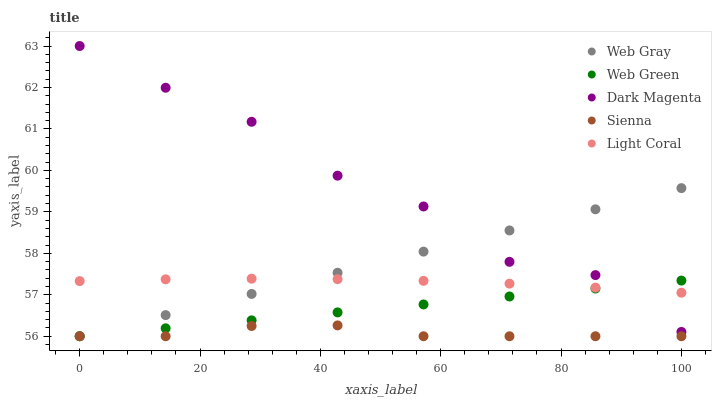
| xaxis_label | Web Gray | Web Green | Dark Magenta | Sienna | Light Coral |
 | --- | --- | --- | --- | --- | --- |
 | 0 | 56 | 56 | 63 | 56 | 57.3 |
 | 14.3 | 56.5 | 56.2 | 62 | 56 | 57.4 |
 | 28.6 | 57 | 56.4 | 61.2 | 56.2 | 57.4 |
 | 42.9 | 57.5 | 56.6 | 59.9 | 56.3 | 57.4 |
 | 57.1 | 58 | 56.8 | 59.1 | 56 | 57.3 |
 | 71.4 | 58.6 | 57 | 57.8 | 56 | 57.3 |
 | 85.7 | 59.1 | 57.2 | 57.5 | 56 | 57.2 |
 | 100 | 59.6 | 57.3 | 56.1 | 56 | 57.1 |